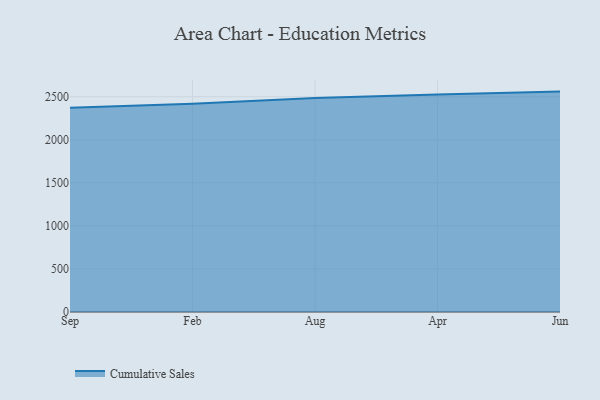
{"axis": {"x": "Month", "y": "Market Share (%)"}, "legend": ["Cumulative Sales"], "data": [{"x": "Sep", "y": 2372.2, "type": "Cumulative Sales"}, {"x": "Feb", "y": 2417.8, "type": "Cumulative Sales"}, {"x": "Aug", "y": 2485.6, "type": "Cumulative Sales"}, {"x": "Apr", "y": 2527.2, "type": "Cumulative Sales"}, {"x": "Jun", "y": 2559.5, "type": "Cumulative Sales"}]}